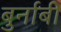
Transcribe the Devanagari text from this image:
बुर्नाबी